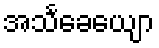
အသင်္ခေယျော